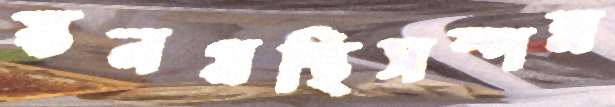
স্তনগ্রন্থিসম্পন্ন